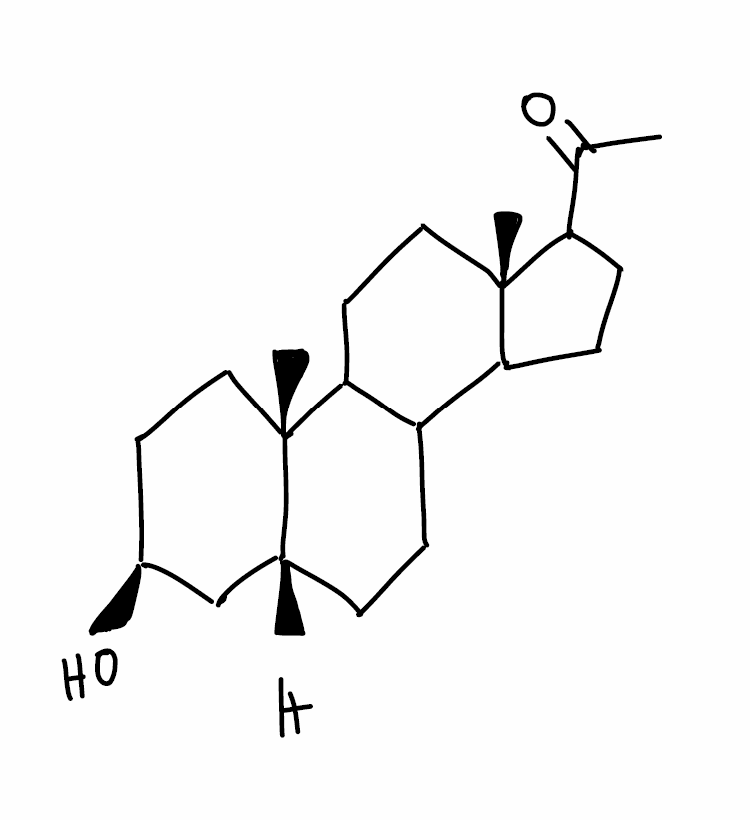
Simplified molecular-input line-entry system (SMILES) notation of the given molecule:
CC(=O)C1CCC2[C@@]1(CCC3C2CC[C@H]4[C@@]3(CC[C@@H](C4)O)C)C